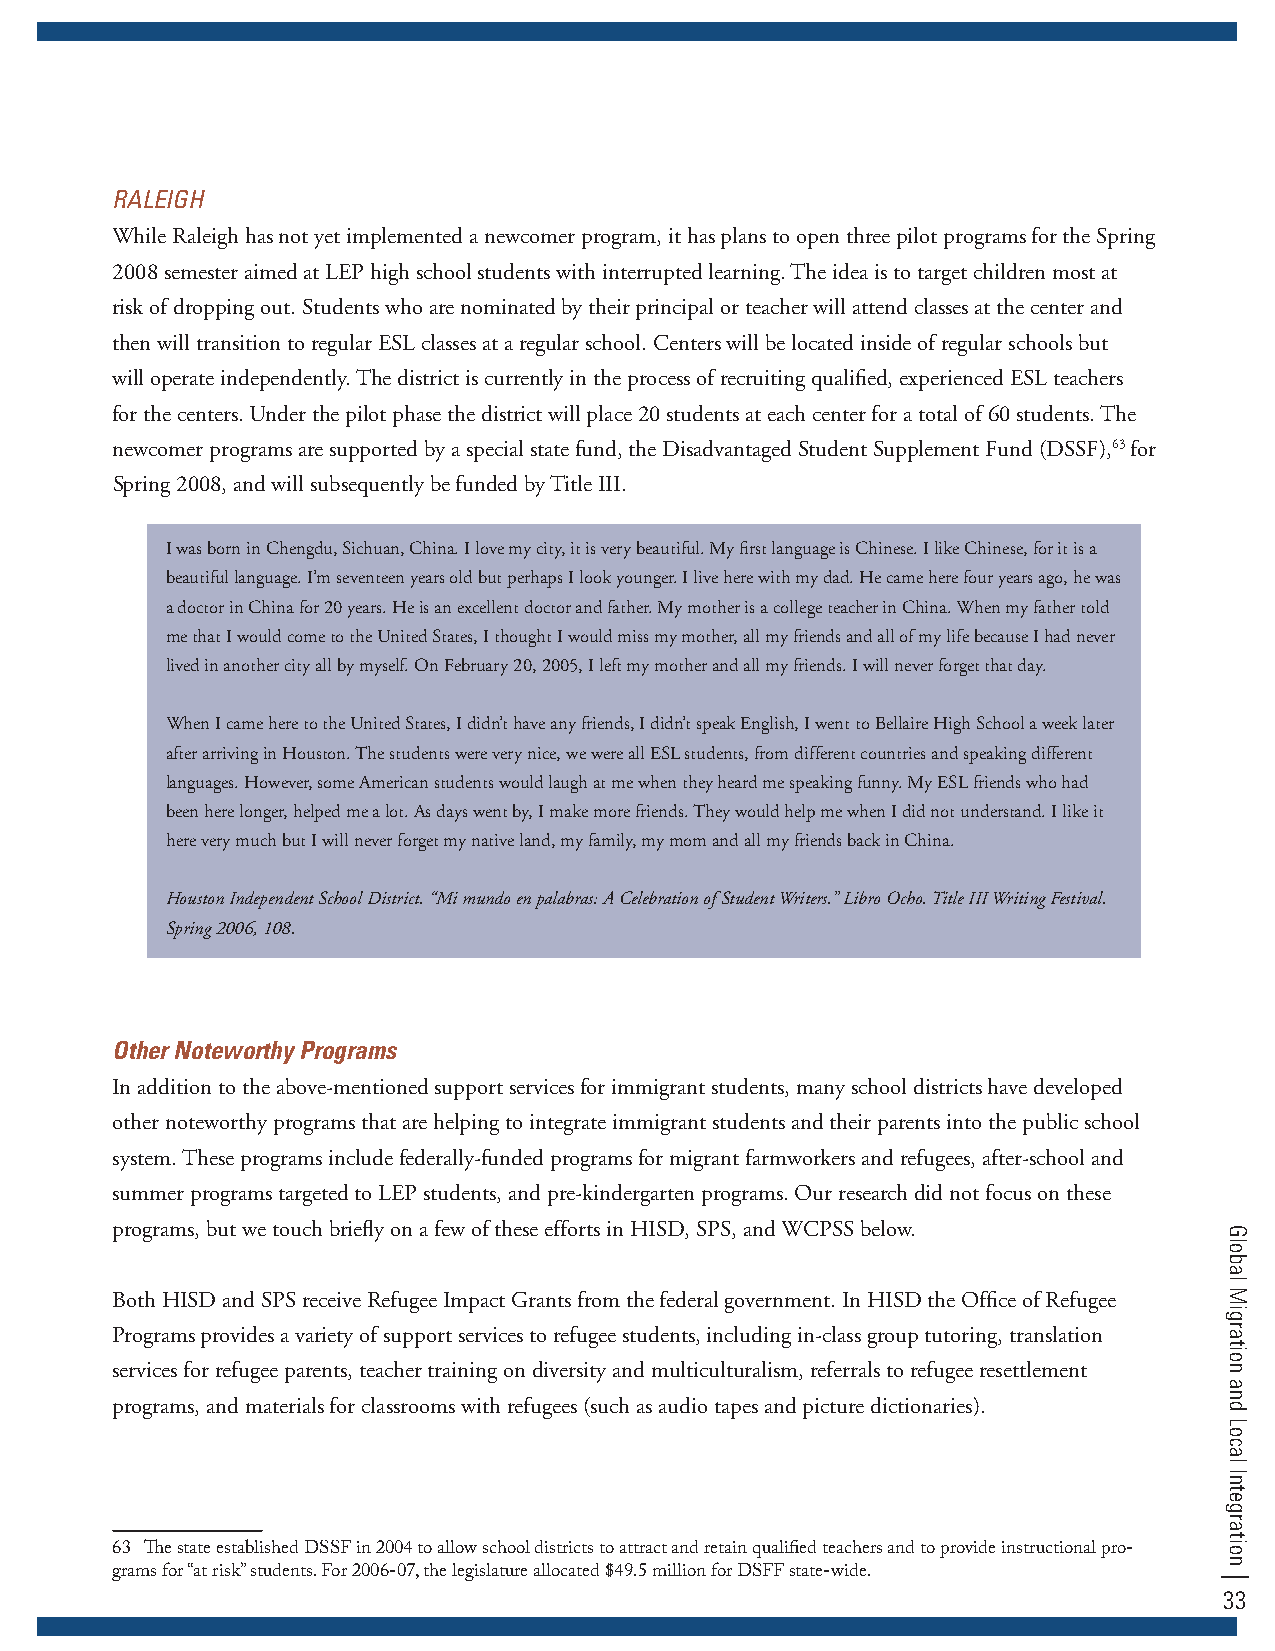
RalEIgH
 While Raleigh has not yet implemented a newcomer program, it has plans to open three pilot programs for the Spring
 2008 semester aimed at LEP high school students with interrupted learning. The idea is to target children most at
 risk of dropping out. Students who are nominated by their principal or teacher will attend classes at the center and
 then will transition to regular ESL classes at a regular school. Centers will be located inside of regular schools but
 will operate independently. The district is currently in the process of recruiting qualified, experienced ESL teachers
 for the centers. Under the pilot phase the district will place 20 students at each center for a total of 60 students. The
 newcomer programs are supported by a special state fund, the Disadvantaged Student Supplement Fund (DSSF),63 for
 Spring 2008, and will subsequently be funded by Title III.
 I was born in Chengdu, Sichuan, China. I love my city, it is very beautiful. My first language is Chinese. I like Chinese, for it is a
 beautiful language. I’m seventeen years old but perhaps I look younger. I live here with my dad. He came here four years ago, he was
 a doctor in China for 20 years. He is an excellent doctor and father. My mother is a college teacher in China. When my father told
 me that I would come to the United States, I thought I would miss my mother, all my friends and all of my life because I had never
 lived in another city all by myself. On February 20, 2005, I left my mother and all my friends. I will never forget that day.
 When I came here to the United States, I didn’t have any friends, I didn’t speak English, I went to Bellaire High School a week later
 after arriving in Houston. The students were very nice, we were all ESL students, from different countries and speaking different
 languages. However, some American students would laugh at me when they heard me speaking funny. My ESL friends who had
 been here longer, helped me a lot. As days went by, I make more friends. They would help me when I did not understand. I like it
 here very much but I will never forget my native land, my family, my mom and all my friends back in China.
 Houston Independent School District. “Mi mundo en palabras: A Celebration of Student Writers.” Libro Ocho. Title III Writing Festival.
 Spring 2006, 108.
 Other Noteworthy Programs
 In addition to the above-mentioned support services for immigrant students, many school districts have developed
 other noteworthy programs that are helping to integrate immigrant students and their parents into the public school
 system. These programs include federally-funded programs for migrant farmworkers and refugees, after-school and
 summer programs targeted to LEP students, and pre-kindergarten programs. Our research did not focus on these
 programs, but we touch briefly on a few of these efforts in HISD, SPS, and WCPSS below.
 Both HISD and SPS receive Refugee Impact Grants from the federal government. In HISD the Office of Refugee
 Programs provides a variety of support services to refugee students, including in-class group tutoring, translation
 services for refugee parents, teacher training on diversity and multiculturalism, referrals to refugee resettlement
 programs, and materials for classrooms with refugees (such as audio tapes and picture dictionaries).
 63 The state established DSSF in 2004 to allow school districts to attract and retain qualified teachers and to provide instructional pro-
 grams for “at risk” students. For 2006-07, the legislature allocated $49.5 million for DSFF state-wide.
 33
 Global
 Migration
 and
 Local
 Integration